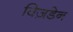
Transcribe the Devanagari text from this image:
विज़डेन